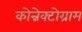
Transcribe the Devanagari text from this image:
कोन्नेक्टोग्राम